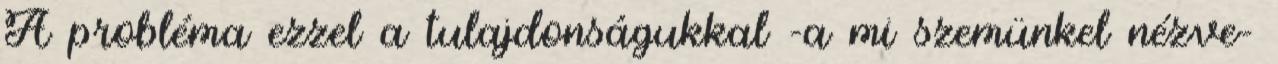
A probléma ezzel a tulajdonságukkal -a mi szemünkel nézve-